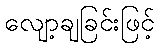
လျော့ချခြင်းဖြင့်